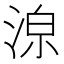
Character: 𱦸